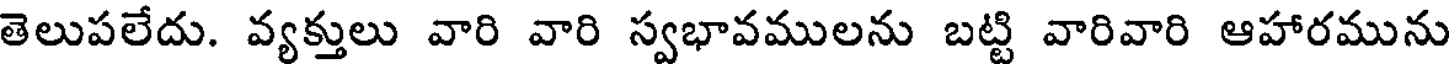
తెలుపలేదు. వ్యక్తులు వారి వారి స్వభావములను బట్టి వారివారి ఆహారమును